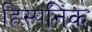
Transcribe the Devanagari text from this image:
हिस्पनिक